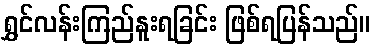
ရွှင်လန်းကြည်နူးရခြင်း ဖြစ်ရပြန်သည်။